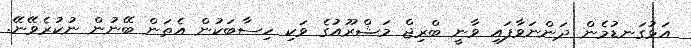
އަޅުގަނޑުމެން ދަންނަވާފައި ވާނީ ބްރިޖް މަޝްރޫއުގެ ވަކި ހިސާބަކުން އެތަން ބޭނުން ނުކުރެވޭނޭ.